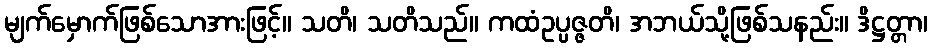
မျက်မှောက်ဖြစ်သောအားဖြင့်။ သတိ၊ သတိသည်။ ကထံဥပ္ပဇ္ဇတိ၊ အဘယ်သို့ဖြစ်သနည်း။ ဒိဋ္ဌတ္တာ၊